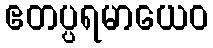
ဧတပ္ပရမာယေဝ